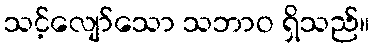
သင့်လျော်သော သဘာဝ ရှိသည်။